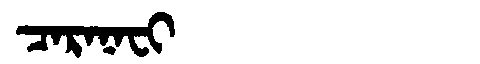
Manchu: ᠴᠠᡵᠠᠨᠠᠸᡳ
Romanization: CARANAFI